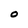
Character: O